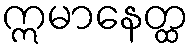
ဣမာနေတ္ထ